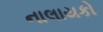
નાલાયકો